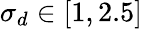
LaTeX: \sigma_{d}\in[1,2.5]